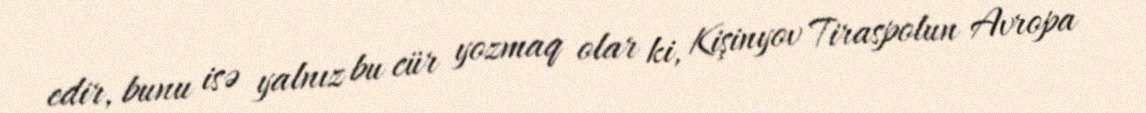
edir, bunu isə yalnız bu cür yozmaq olar ki, Kişinyov Tiraspolun Avropa